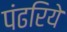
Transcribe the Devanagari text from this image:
पंढरिये